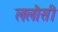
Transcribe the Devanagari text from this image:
ललौसी